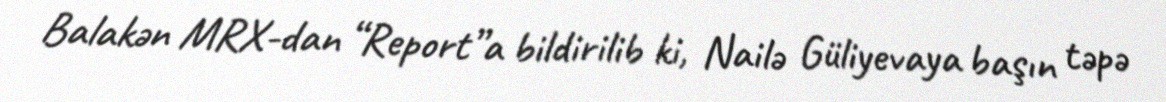
Balakən MRX-dan “Report”a bildirilib ki, Nailə Güliyevaya başın təpə